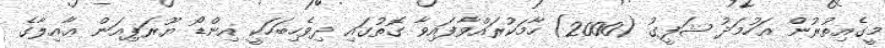
މީގެއިތުރުން އަހުމަދު ޝަފީގު (2000) ހާމަކުރައްވާފައިވާ ގޮތުގައި ދިވެހިބަހަކީ އިންޑޯ ޔޫރަޕިއަން ޢާއިލާގެ